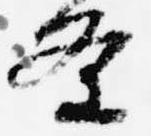
条